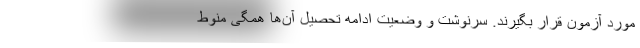
مورد آزمون قرار بگیرند. سرنوشت و وضعیت ادامه تحصیل آن‌ها همگی منوط